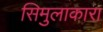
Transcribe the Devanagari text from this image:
सिमुलाकारा